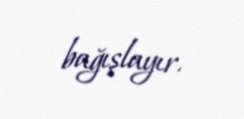
bağışlayır.